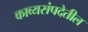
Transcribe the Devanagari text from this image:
काव्यसंपदेतील